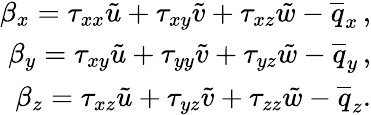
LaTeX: \begin{array}{r}{\beta_{x}={\tau}_{xx}\tilde{u}+{\tau}_{xy}\tilde{v}+{\tau}_{xz}\tilde{w}-\overline{{q}}_{x}\, \mathrm{,}}\\ {\beta_{y}={\tau}_{xy}\tilde{u}+{\tau}_{yy}\tilde{v}+{\tau}_{yz}\tilde{w}-\overline{{q}}_{y}\, \mathrm{,}}\\ {\beta_{z}={\tau}_{xz}\tilde{u}+{\tau}_{yz}\tilde{v}+{\tau}_{zz}\tilde{w}-\overline{{q}}_{z}\mathrm{.}}\end{array}